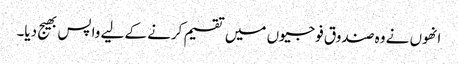
انھوں نے وہ صندوق فوجیوں میں تقسیم کرنے کے لیے واپس بھیج دیا۔